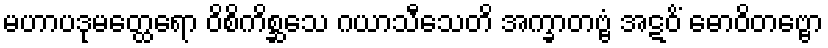
မဟာပဒုမတ္ထေရော ဝိစိကိစ္ဆသေ ဂယာသီသေတိ အက္ခာတဗ္ဗံ အဋဝိံ ဓောဝိတဗ္ဗော